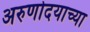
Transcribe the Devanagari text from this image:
अरुणोदयाच्या